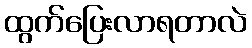
ထွက်ပြေးလာရတာလဲ